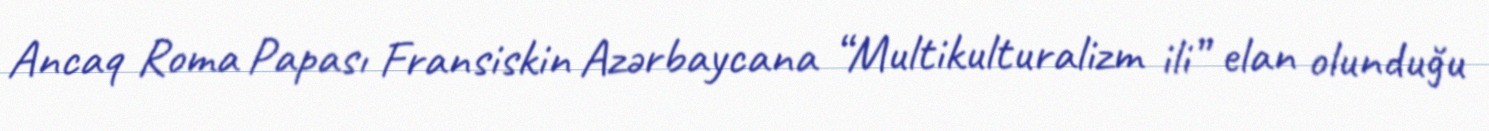
Ancaq Roma Papası Fransiskin Azərbaycana “Multikulturalizm ili” elan olunduğu